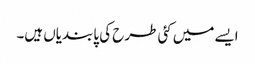
ایسے میں کئی طرح کی پابندیاں ہیں۔